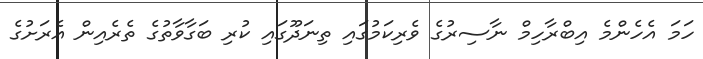
ހަމަ އެހެންމެ އިބްރާހިމް ނާސިރުގެ ވެރިކަމުގައި ތިނަދޫގައި ކުރި ބަގާވާތުގެ ތެރެއިން އެރަށުގެ